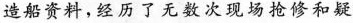
造船资料，经历了无数次现场抢修和疑